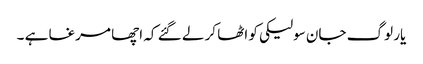
یار لوگ جان سولیکی کو اٹھا کر لے گئے کہ اچھا مرغا ہے ۔